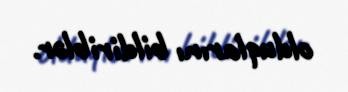
olduqlarını bildiriblər.